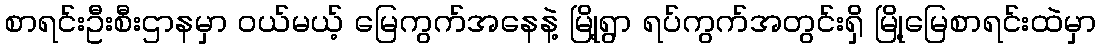
စာရင်းဦးစီးဌာနမှာ ဝယ်မယ့် မြေကွက်အနေနဲ့ မြို့ရွာ ရပ်ကွက်အတွင်းရှိ မြို့မြေစာရင်းထဲမှာ